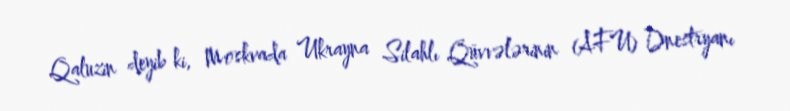
Qaluzin deyib ki, Moskvada Ukrayna Silahlı Qüvvələrinin (AFU) Dnestryanı